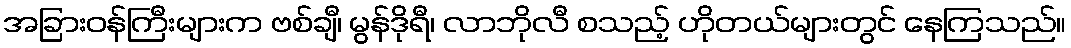
အခြားဝန်ကြီးများက ဗစ်ချီ၊ မွန်ဒိုရီ၊ လာဘိုလီ စသည့် ဟိုတယ်များတွင် နေကြသည်။